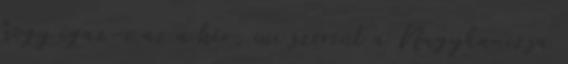
hogy igaz-e az a hír, mi szerint a Nagykanizsa